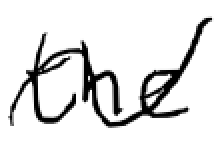
Text: the
Cross-out: wave
Writing tool: digital_black